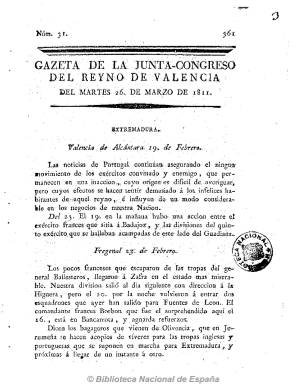
Título: Gazeta de la Junta-Congreso del Reyno de Valencia
Otros títulos: Gaceta de la Junta Congreso del Reino de Valencia || Gazeta de la Junta Congreso del Reyno de Valencia
Colección: Gacetas
Ámbito geográfico: Valencia
Lugar de publicación: Valencia
Fechas: 26/03/1811-07/05/1811

Tras constituirse la Junta Suprema de Observación y Defensa del Reyno de Valencia, el siete de junio de 1808 comenzó a editar como órgano oficial la Gazeta de Valencia que, con periodicidad bisemanal y números de doce páginas y con paginación correlativa, salía de la imprenta de Josef Etrevan y Hermanos. A partir del 11 de diciembre de 1810, empezará a ser impresa por Benito Monfort y cambiará su título a Gazeta de la Junta Superior del Gobierno de Valencia, y a partir del cuatro de enero de 1811 cambiará de nuevo el título a Gazeta de la Junta-Congreso del Reyno de Valencia.

Típico periódico de los editados por las juntas supremas del periodo, incluye artículos políticos y de oficio y amplia información sobre la guerra, siendo muchos de ellos noticias extractadas de otros periódicos, e incluso una sección de libros, siendo la junta de Valencia una de las primeras que defendió a través de su periódico la constitución de una junta central frente al consejo de regencia. Su principal redactor fue Antonio Buch, un liberal que tras ser acusado de afrancesado, en mayo de 1811 es sustituido de su función, pasando la Gazeta a ser controlada por los dominicos valencianos, siendo uno de sus redactores el carmelita descalzo fray Ignacio del Niño Jesús. La Gazeta parece seguir defendiendo las ideas modernas y liberales, pero empieza a no ocultar su admiración por la Inquisición.

Tras la ocupación de la ciudad por las tropas francesas en enero de 1812, las autoridades napoleónicas harán de la Gazeta de Valencia su órgano oficial, pasando a ser impresa, como el resto de las publicaciones afrancesadas valencianas, por el liberal y francófilo Josef Estevan. Mientra tanto, la Junta Suprema de Valencia, que había huido a Alicante, seguirá publicando en esta ciudad la patriótica Gazeta del Reyno de Valencia, hasta el final de la ocupación, en julio de 1813.

A partir del 25 de julio de este año, la junta volverá a editar su periódico en la ciudad del Turia, ahora con el título de Gazeta provincial de Valencia, hasta un total de 56 números, hasta el 17 de septiembre del mismo año, cambiando su cabecera a partir de entonces a Gazeta de la ciudad de Valencia, que desaparecerá en enero de 1815. Coincidiendo con el regreso de Fernando VII, en abril de 1814, precisamente a través del puerto de Valencia, la Gazeta había cambiado su lema “constitucional” por el “fernandino” y durante esta última etapa saldrá de las imprentas de Monfort, Orga y de la “Patriótica del Pueblo Soberano”.

Véase: Història de la comunicació: Valencia, 1790-1898, de Antonio Laguna Platero.